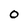
Character: 0